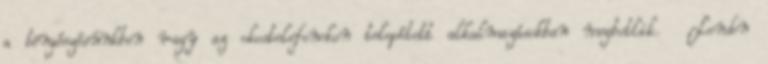
a böngészésünkben vagy az okostelefonokon telepített alkalmazásokban megbotlik. London